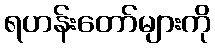
ရဟန်းတော်များကို